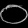
Digit: ၀